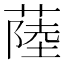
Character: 𦸐